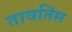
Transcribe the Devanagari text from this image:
तावतिंस